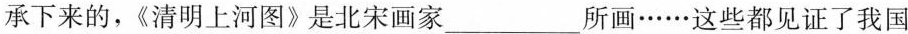
承下来的，《清明上河图》是北宋画家___所画……这些都见证了我国